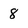
Character: 8